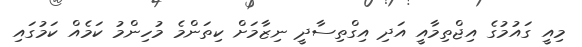
މިއީ ގައުމުގެ އިޖްތިމާއީ އަދި އިގްތިސާދީ ނިޒާމަށް ކިތަންމެ މުހިންމު ކަމެއް ކަމުގައި